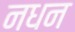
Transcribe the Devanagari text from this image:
नधन